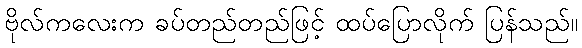
ဗိုလ်ကလေးက ခပ်တည်တည်ဖြင့် ထပ်ပြောလိုက် ပြန်သည်။